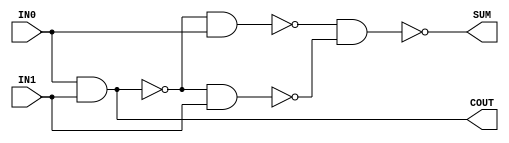
module HALF_ADDER(COUT,SUM,IN0,IN1);
	input IN0,IN1;
	output COUT,SUM;
	wire t1,t2,t3;
	nand(t1,IN0,IN1);
	nand(t2,t1,IN0);
	nand(t3,t1,IN1);
	nand(SUM,t2,t3);
	nand(COUT,t1,t1);
endmodule